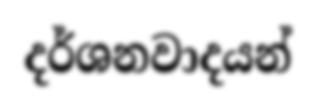
දර්ශනවාදයන්